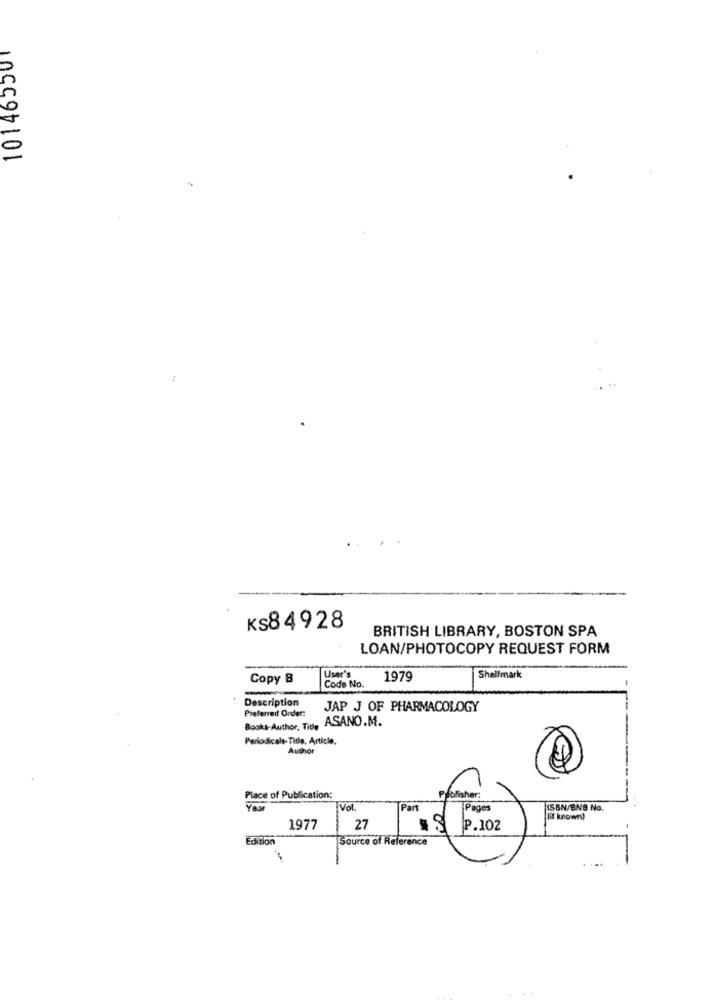
101465501
ks84928
BRITISH LIBRARY, BOSTON SPA
LOAN/PHOTOCOPY REQUEST FORM
Copy B
Code No.
User's
1979
Shelfmark
Description
Preferred Order:
JAP J OF PHARMACOLOGY
ASANO.M.
Books-Author, Title
Periodicals-Tide, Article.
Author
Place of Publication:
Publisher:
----
Vol.
Part
Pages
ISBN/BNB No.
[if known]
1977
27
.SP.102
Edition
Source of Reference